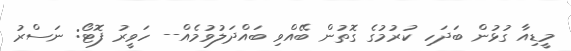
މީޑިއާ ގުޅުން ބަދަހި ކުރުމުގެ ގޮތުން ބޭއްވި ބައްދަލުވުމެއް-- ހަވީރު ފޮޓޯ: ނަސްރު